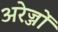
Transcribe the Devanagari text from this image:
अरेज्जों